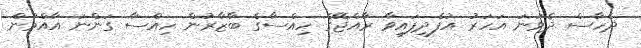
ދެހާސް ދެވަނަ އަހަރު އުފެދިފައިވާ ރާއްޖޭގެ ހިއްސާގެ ބާޒާރުން ހިއްސާ ގަންނަ އާއްމުން